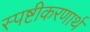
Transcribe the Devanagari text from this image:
स्पष्टीकरणार्थ